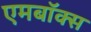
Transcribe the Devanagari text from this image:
एमबॉक्स